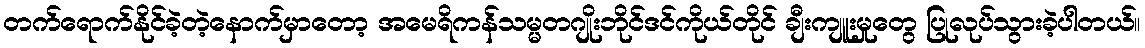
တက်ရောက်နိုင်ခဲ့တဲ့နောက်မှာတော့ အမေရိကန်သမ္မတဂျိုးဘိုင်ဒင်ကိုယ်တိုင် ချီးကျူးမှုတွေ ပြုလုပ်သွားခဲ့ပါတယ်။